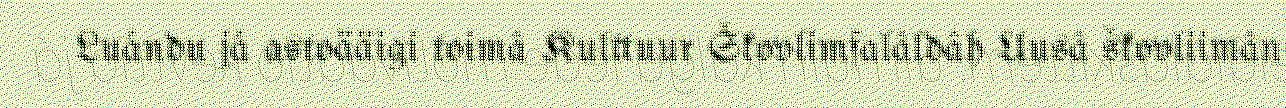
Luándu já astoääigi toimâ Kulttuur Škovlimfalâldâh Uusâ škovliimân